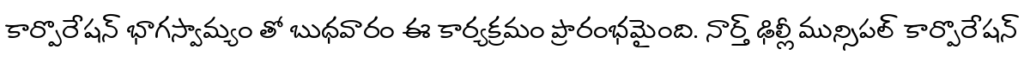
కార్పొరేషన్ భాగస్వామ్యం తో బుధవారం ఈ కార్యక్రమం ప్రారంభమైంది. నార్త్ ఢిల్లీ మున్సిపల్ కార్పొరేషన్